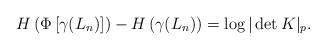
LaTeX: \begin{align*}H\left(\Phi\left[\gamma (L_n)\right] \right) - H\left(\gamma(L_n)\right) = \log|\det K|_p.\end{align*}